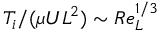
T _ { i } / ( \mu U L ^ { 2 } ) \sim R e _ { L } ^ { 1 / 3 }